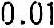
0.01